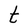
Character: t